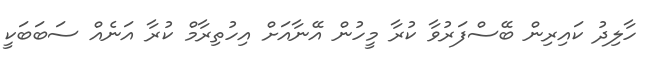
ހާލިދު ކައިރިން ބޭސްފަރުވާ ކުރާ މީހުން އޭނާއަށް އިހުތިރާމް ކުރާ އަނެއް ސަބަބަކީ